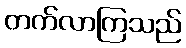
တက်လာကြသည်